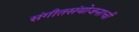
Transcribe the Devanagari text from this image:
संगीतसंयोजनाची